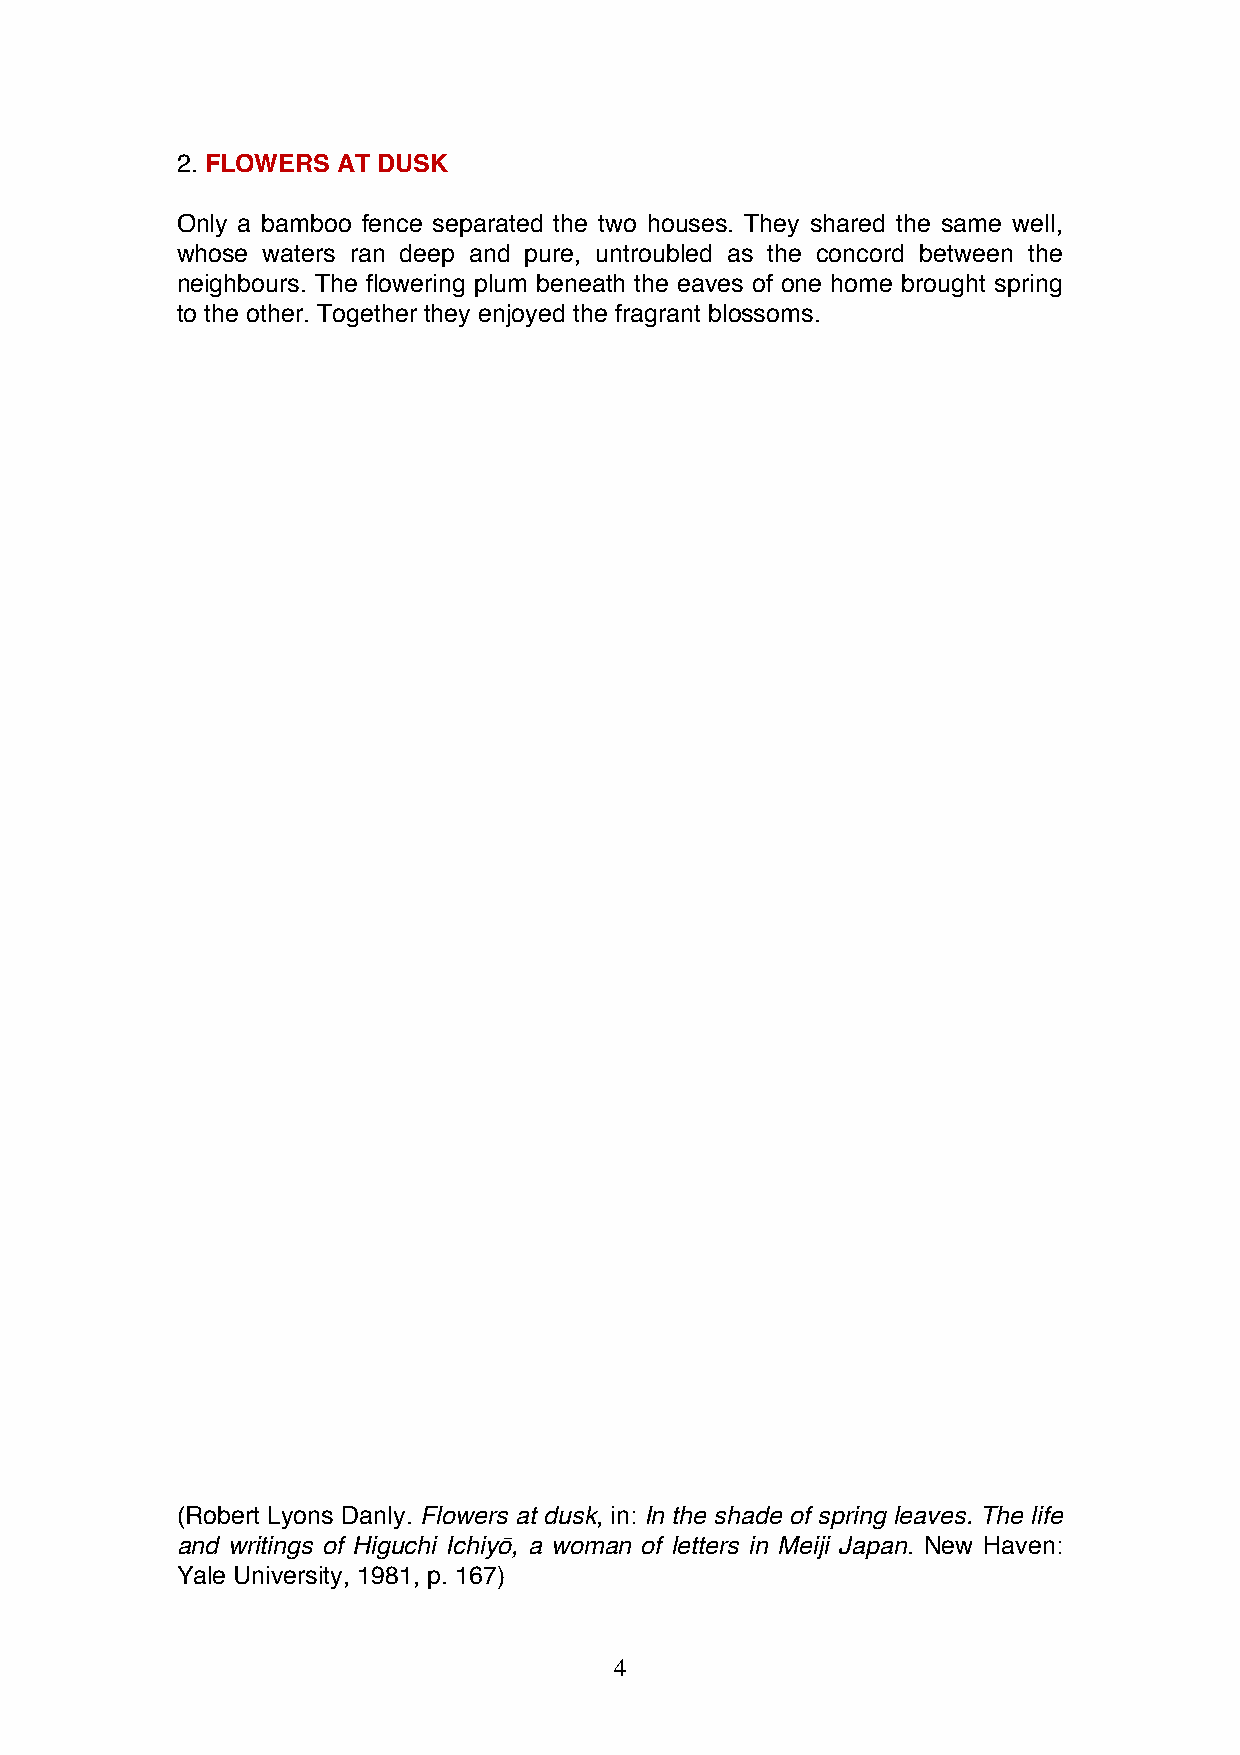
2. FLOWERS AT DUSK
 Only a bamboo fence separated the two houses. They shared the same well,
 whose waters ran deep and pure, untroubled as the concord between the
 neighbours. The flowering plum beneath the eaves of one home brought spring
 to the other. Together they enjoyed the fragrant blossoms.
 (Robert Lyons Danly. Flowers at dusk, in: In the shade of spring leaves. The life
 and writings of Higuchi Ichiyō, a woman of letters in Meiji Japan. New Haven:
 Yale University, 1981, p. 167)
 4